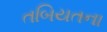
તબિયતના